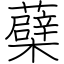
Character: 蘗